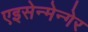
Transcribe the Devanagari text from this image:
एइसेन्मेन्गेर